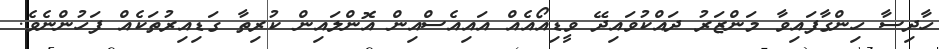
ހާދިސާ ހިންގާފައިވާ މަންޒަރު ދައްކުވައިދޭ ވީޑިއޯއެއް އައިއެސްއިން އޮންލައިން ކުރިތާ ގަޑިއިރުތަކެއް ފަހުންނެވެ.